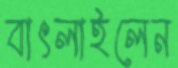
বাৎলাইলেন